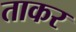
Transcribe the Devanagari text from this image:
ताकर